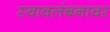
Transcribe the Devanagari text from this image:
स्वावलंबनावर